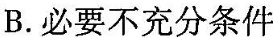
B.必要不充分条件